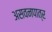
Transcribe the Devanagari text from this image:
असवनपात्र